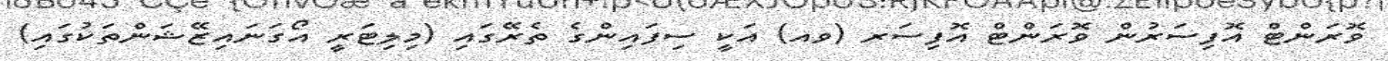
ވޮރަންޓް އޮފިސަރުން ވޮރަންޓް އޮފިސަރ (ވއ) އަކީ ސިފައިންގެ ތެރޭގައި (މިލިޓަރީ އޯގަނައިޒޭޝަންތަކުގައި)